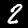
Label: 2